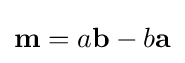
\mathbf {m} =a\mathbf {b} -b\mathbf {a}